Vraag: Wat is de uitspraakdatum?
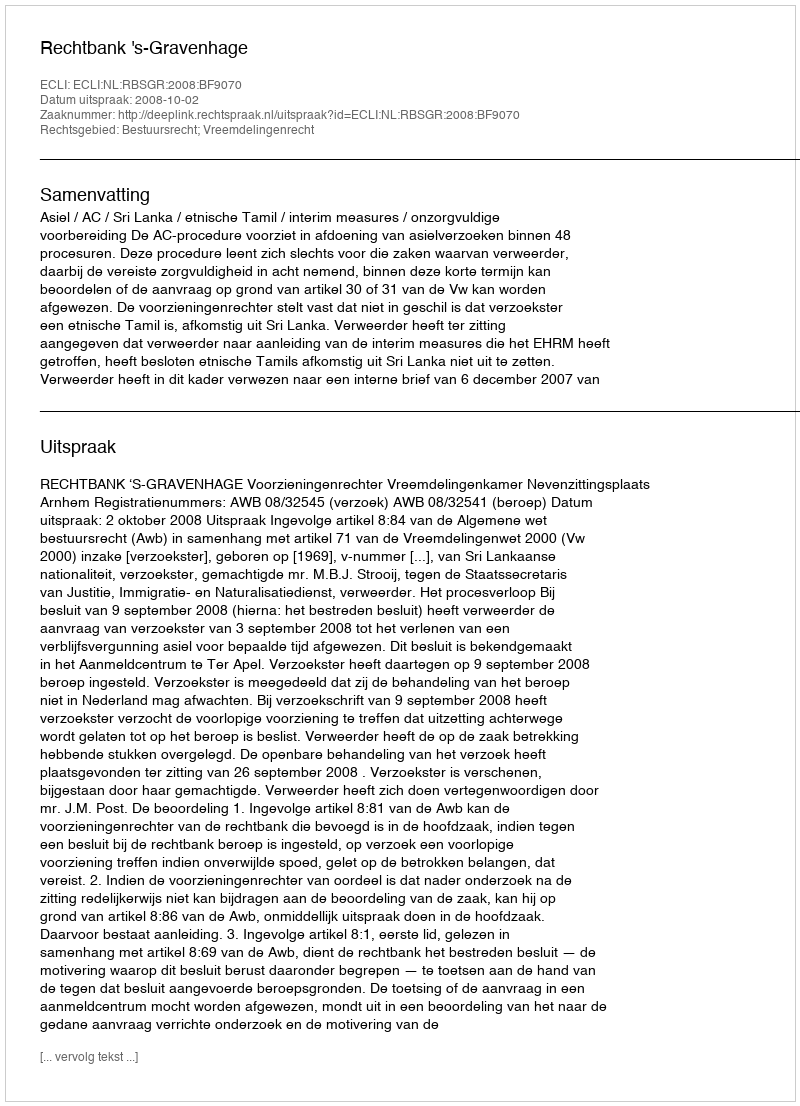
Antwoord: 2008-10-02